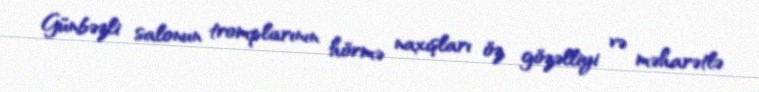
Günbəzli salonun tromplarının hörmə naxışları öz gözəlliyi və məharətlə